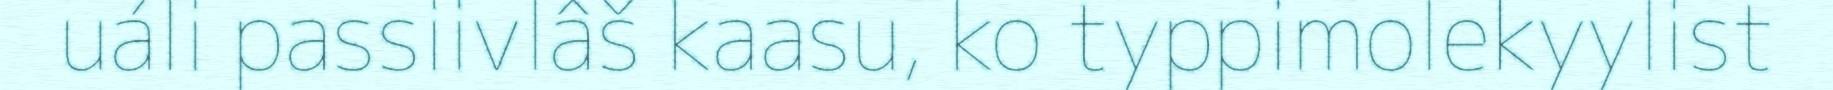
uáli passiivlâš kaasu, ko typpimolekyylist